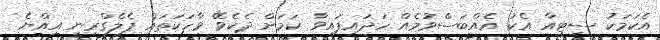
އެކަމަކު ސިޓީއާ އެކު އެއްބަސްވުމެއް ހަދައިފައިވާ ކަމަށް ދެކެވޭ ވާހަކަތައް ޕެލެގްރިނީ އިއްޔެ